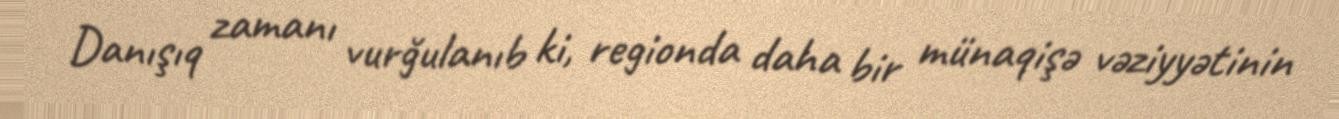
Danışıq zamanı vurğulanıb ki, regionda daha bir münaqişə vəziyyətinin